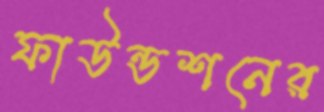
ফাউন্ডশনের